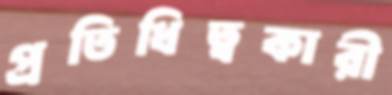
প্রতিধিত্বকারী